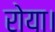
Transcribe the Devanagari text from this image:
रोया।